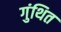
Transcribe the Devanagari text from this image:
गुंथित